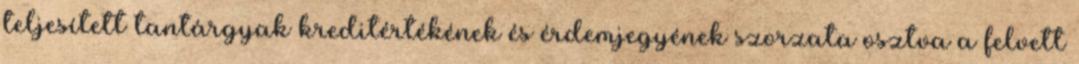
teljesített tantárgyak kreditértékének és érdemjegyének szorzata osztva a felvett